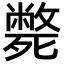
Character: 斃